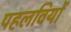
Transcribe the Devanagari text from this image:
पहलवियों